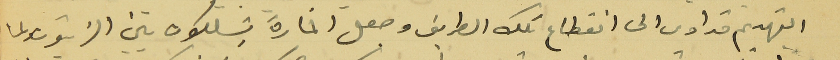
التهديم قد ادى الى انقطاع تلك الطريق وجعل المارة يتسلكون بين الزيتون ولما